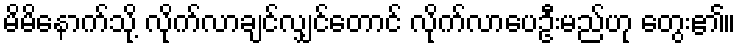
မိမိနောက်သို့ လိုက်လာချင်လျှင်တောင် လိုက်လာပေဦးမည်ဟု တွေး၏။